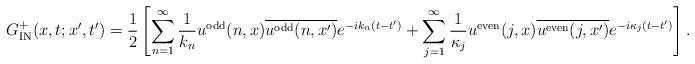
LaTeX: \begin{align*}G^+_{\rm IN}(x,t;x',t') = \frac{1}{2}\left[\sum_{n=1}^\infty \frac{1}{k_n}u^{\rm odd}(n,x)\overline{u^{\rm odd}(n,x')}e^{-i k_n(t-t')}+\sum_{j=1}^\infty\frac{1}{\kappa_j}u^{\rm even}(j,x)\overline{u^{\rm even}(j,x')}e^{-i \kappa_j(t-t')}\right].\end{align*}